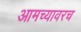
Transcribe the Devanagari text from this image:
आमच्यावरच